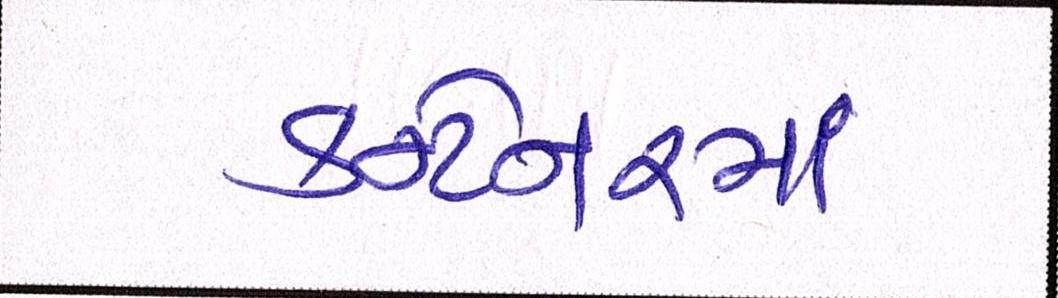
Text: કન્ટેનરમાં